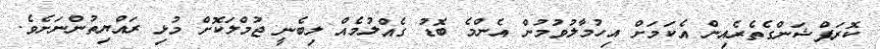
ކޮރަޕްޝަންގެތެރެއިން އެކަމަށް އިހުމާލުވުމުން އެންމެ ބޮޑު ގެއްލުމެއް ލިބެނީ ޖުމްލަކޮށް މުޅި ރައްޔިތުންނަށެވެ.